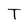
Character: T